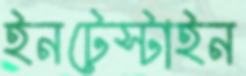
ইনটেস্টাইন